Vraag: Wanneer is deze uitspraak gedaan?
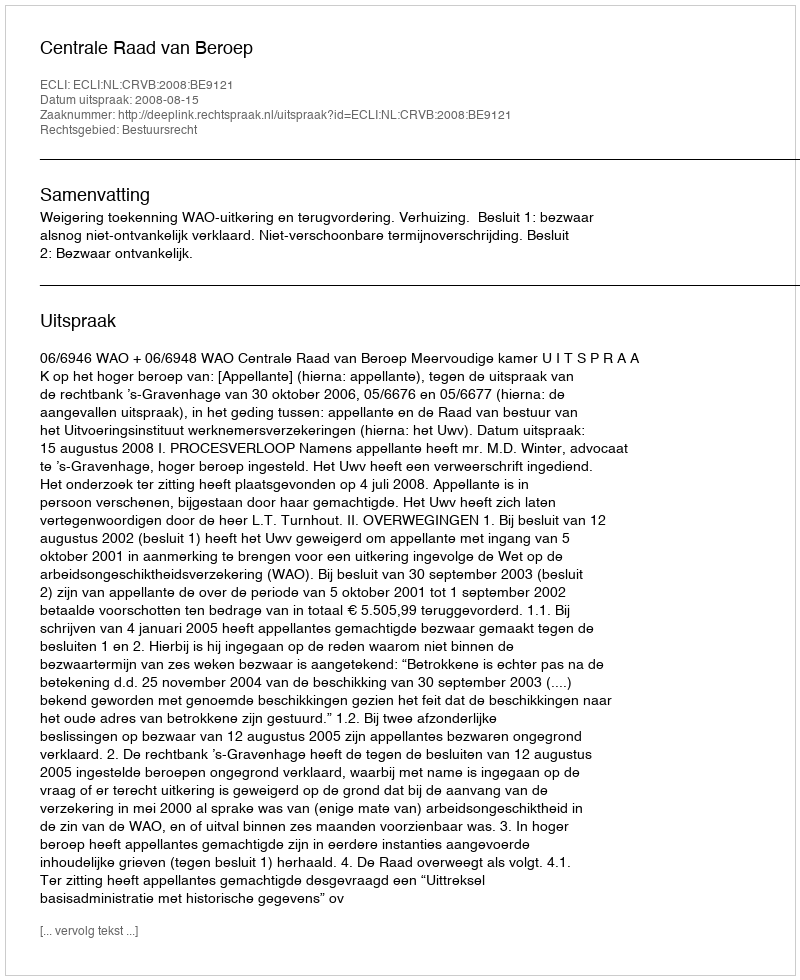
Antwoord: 2008-08-15